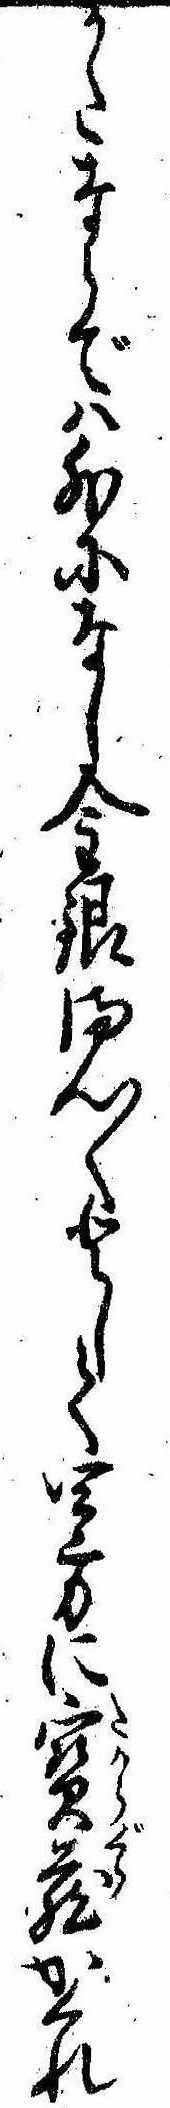
かたならでは外になし金銀まん〱として四方に宝蔵かくれ